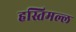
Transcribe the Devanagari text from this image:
हस्तिमल्ल